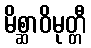
မိစ္ဆာဝိမုတ္တီ